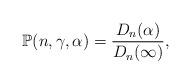
LaTeX: \begin{align*}\mathbb{P}(n,\gamma,\alpha)=\frac{D_{n}(\alpha)}{D_{n}(\infty)},\end{align*}